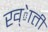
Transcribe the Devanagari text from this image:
ख्ेाती